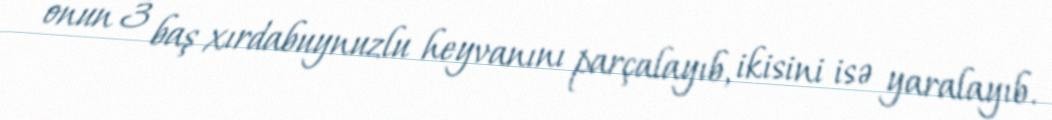
onun 3 baş xırdabuynuzlu heyvanını parçalayıb, ikisini isə yaralayıb.